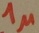
Text: 1µ